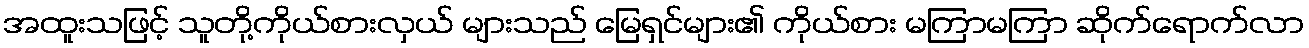
အထူးသဖြင့် သူတို့ကိုယ်စားလှယ် များသည် မြေရှင်များ၏ ကိုယ်စား မကြာမကြာ ဆိုက်ရောက်လာ